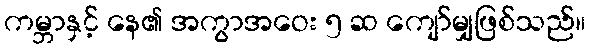
ကမ္ဘာနှင့် နေ၏ အကွာအဝေး ၅ ဆ ကျော်မျှဖြစ်သည်။